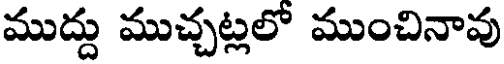
ముద్దు ముచ్చట్లలో ముంచినావు